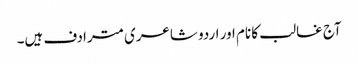
آج غالب کا نام اور اردو شاعری مترادف ہیں۔